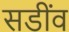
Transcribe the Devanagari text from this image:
सडींव